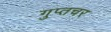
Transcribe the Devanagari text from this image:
गुप्‍तचर